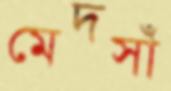
মেদসাঁ